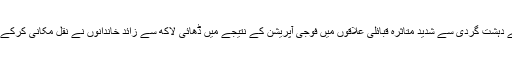
واضح رہے کہ ایک دہائی سے زائد عرصے سے دہشت گردی سے شدید متاثرہ قبائلی علاقوں میں فوجی آپریشن کے نتیجے میں ڈھائی لاکھ سے زائد خاندانوں نے نقل مکانی کرکے شہری علاقوں میں عارضی پناہ حاصل کی تھی۔